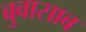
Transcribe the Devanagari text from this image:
बुवासाब